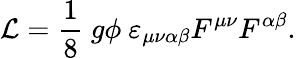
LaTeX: {\cal L}=\frac{1}{8}\ g\phi\ \varepsilon_{\mu\nu\alpha\beta}F^{\mu\nu}F^{\alpha\beta}.